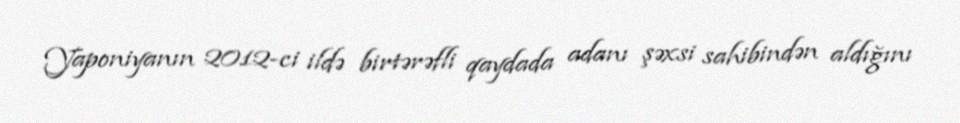
Yaponiyanın 2012-ci ildə birtərəfli qaydada adanı şəxsi sahibindən aldığını